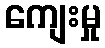
ကျေးမှု